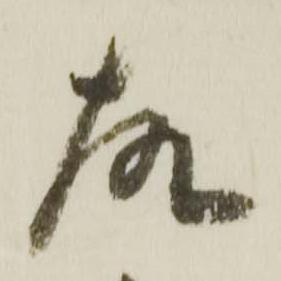
故